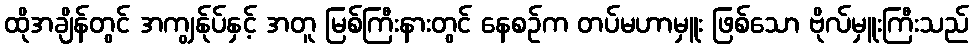
ထိုအချိန်တွင် အကျွန်ုပ်နှင့် အတူ မြစ်ကြီးနားတွင် နေစဉ်က တပ်မဟာမှူး ဖြစ်သော ဗိုလ်မှူးကြီးသည်